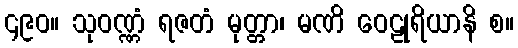
၄၉၀။ သုဝဏ္ဏံ ရဇတံ မုတ္တာ၊ မဏိ ဝေဠုရိယာနိ စ။